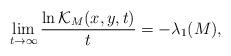
LaTeX: \begin{align*}\lim_{t \rightarrow \infty} \frac{\ln \mathcal{K}_M(x,y,t)}{t} = -\lambda_1(M), \end{align*}